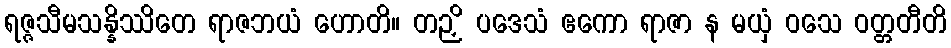
ရဇ္ဇသီမသန္နိဿိတေ ရာဇဘယံ ဟောတိ။ တဉှိ ပဒေသံ ဧကော ရာဇာ န မယှံ ဝသေ ဝတ္တတီတိ